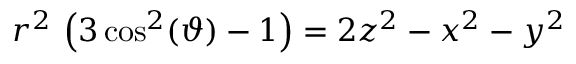
r ^ { 2 } \, \left( 3 \cos ^ { 2 } ( \vartheta ) - 1 \right) = 2 z ^ { 2 } - x ^ { 2 } - y ^ { 2 }